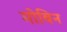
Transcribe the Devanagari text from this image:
मोबिन